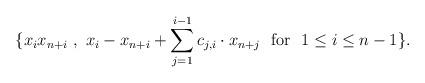
LaTeX: \begin{align*}\{x_ix_{n+i}~,~ x_i-x_{n+i}+\sum_{j=1}^{i-1}c_{j,i}\cdot x_{n+j}~~\mbox{for}~~ 1\leq i\leq n-1\}.\end{align*}